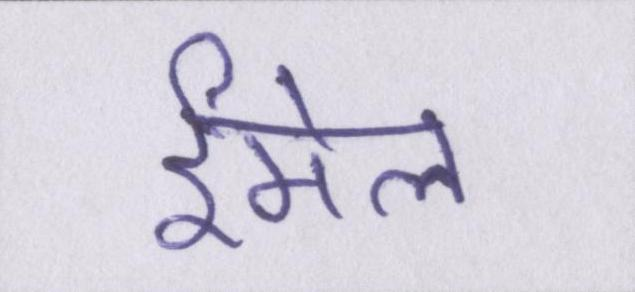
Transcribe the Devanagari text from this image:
ईमेल